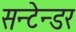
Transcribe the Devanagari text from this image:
सन्टेन्डर